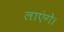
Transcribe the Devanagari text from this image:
लाएंगे।